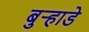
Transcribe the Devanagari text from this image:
बुऱ्हाडे